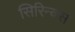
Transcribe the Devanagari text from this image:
सिरिन्क्स